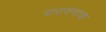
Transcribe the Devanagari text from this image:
पारायणाचा